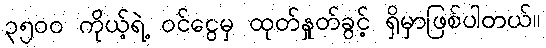
၃၅၀၀ ကိုယ့်ရဲ့ ဝင်ငွေမှ ထုတ်နှုတ်ခွင့် ရှိမှာဖြစ်ပါတယ်။